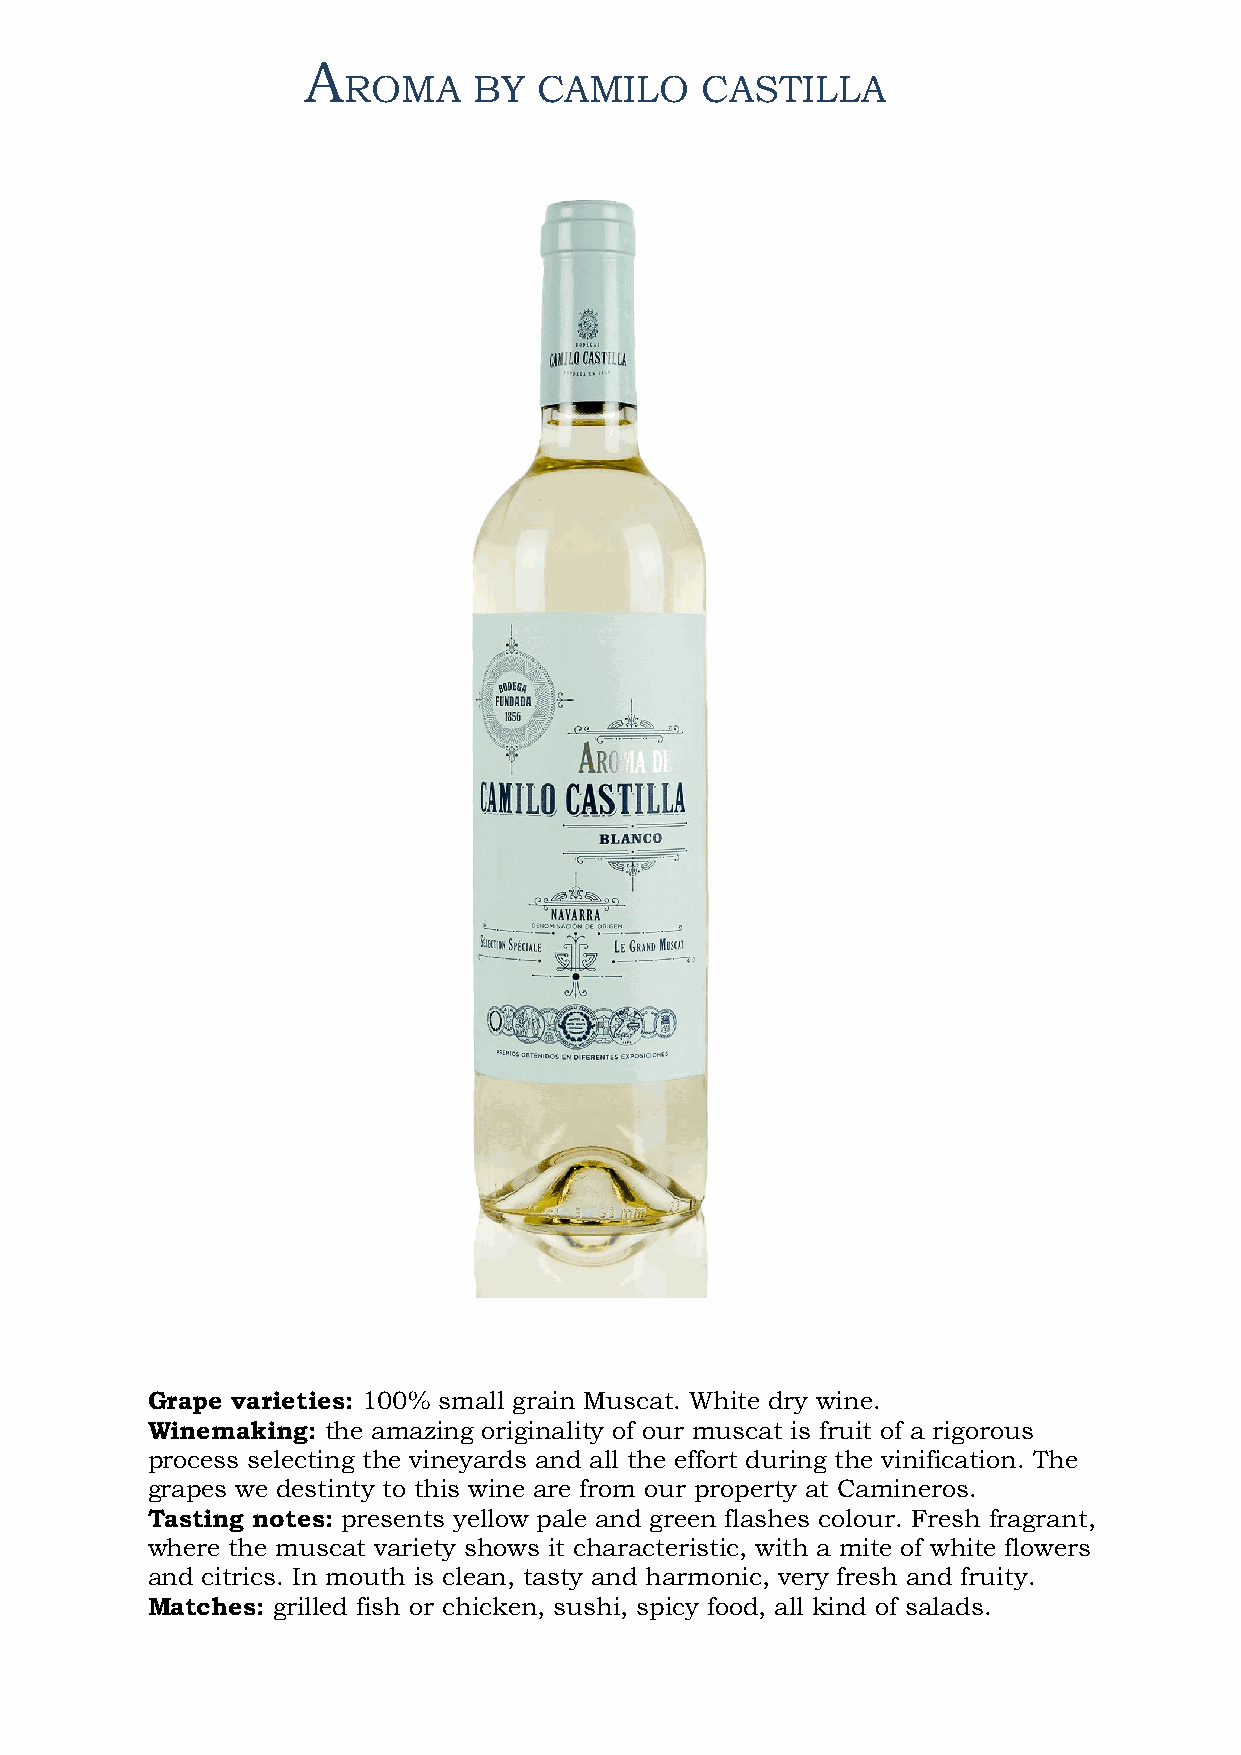
A
 ROMA    BY   CAMILO    CASTILLA
 Grape varieties: 100% small grain Muscat. White dry wine.
 Winemaking: the amazing originality of our muscat is fruit of a rigorous
 process selecting the vineyards and all the effort during the vinification. The
 grapes we destinty to this wine are from our property at Camineros.
 Tasting notes: presents yellow pale and green flashes colour. Fresh fragrant,
 where the muscat variety shows it characteristic, with a mite of white flowers
 and citrics. In mouth is clean, tasty and harmonic, very fresh and fruity.
 Matches: grilled fish or chicken, sushi, spicy food, all kind of salads.